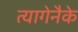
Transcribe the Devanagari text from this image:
त्यागेनैके